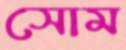
সোম